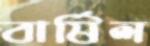
বার্ষিল